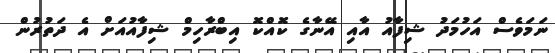
ނަމަވެސް އަހުމަދު ޝިފާއު އާއި އޭނާގެ ކޮއްކޮ އިބްރާހިމް ޝިފާއުއަށް އެ ދަތުރުން